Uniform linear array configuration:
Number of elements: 8
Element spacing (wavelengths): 0.25
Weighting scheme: kaiser
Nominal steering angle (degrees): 30
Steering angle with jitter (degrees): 29.98
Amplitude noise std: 0.05
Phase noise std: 0.05

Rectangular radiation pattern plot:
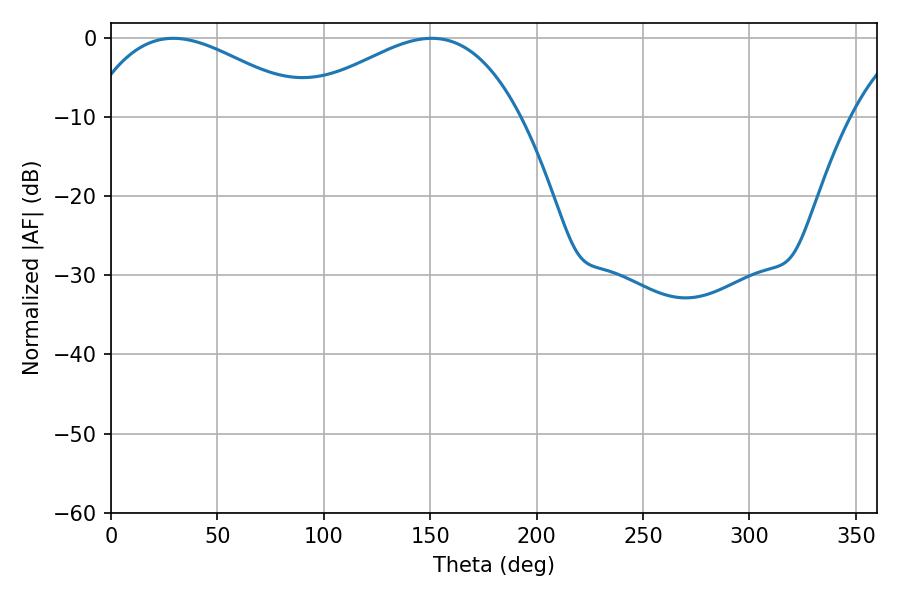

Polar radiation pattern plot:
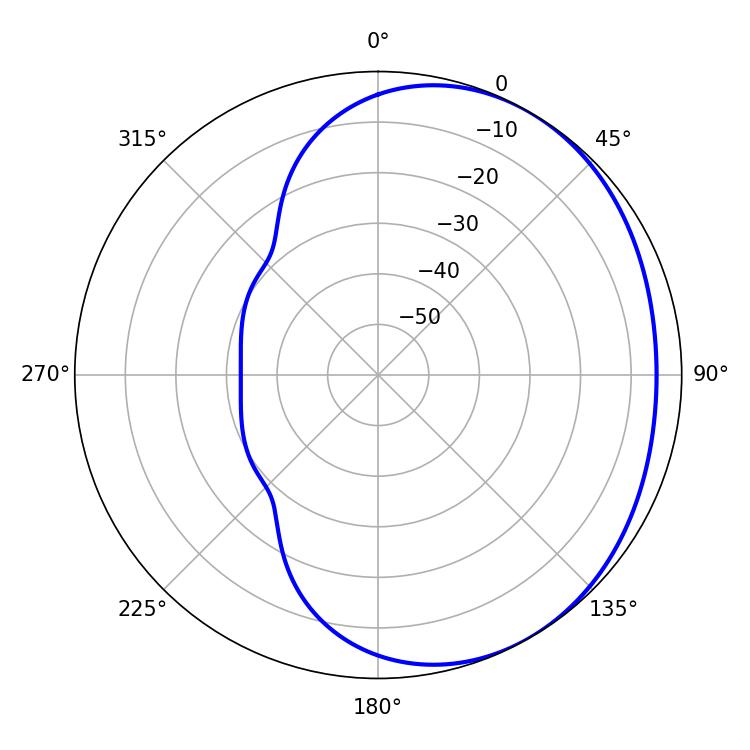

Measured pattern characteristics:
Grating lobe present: FALSE
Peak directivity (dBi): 2.304
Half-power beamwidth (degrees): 57.6
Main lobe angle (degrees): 29.34